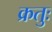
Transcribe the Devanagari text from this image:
क्रतुः